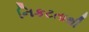
નિકટતાથી